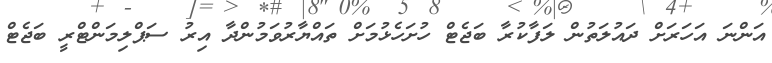
އަންނަ އަހަރަށް ދައުލަތުން ލަފާކުރާ ބަޖެޓް ހުށަހެޅުމަށް ތައްޔާރުވަމުންދާ އިރު ސަޕްލިމަންޓްރީ ބަޖެޓް